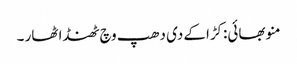
منو بھائی:کڑاکے دی دھپ وچ ٹھنڈا ٹھار ۔